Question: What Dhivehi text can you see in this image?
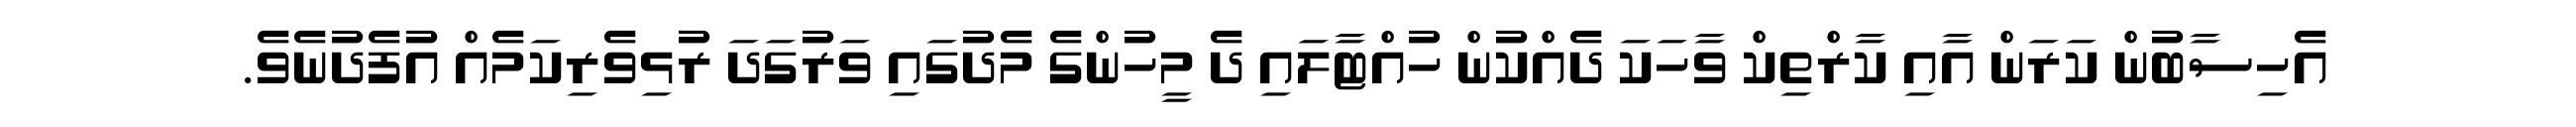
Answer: އެހިސާބުން ކަރަން އާއި ކާރްތިކް ވާހަކަ ދެއްކުން ހުއްޓާލައި ދެ މީހުންގެ މެދުގައި ވަރުގަދަ ރުޅިވެރިކަމެއް އުފެދުނެވެ.